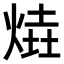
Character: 𤋑